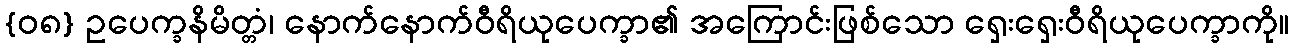
{၀၈} ဥပေက္ခနိမိတ္တံ၊ နောက်နောက်ဝီရိယုပေက္ခာ၏ အကြောင်းဖြစ်သော ရှေးရှေးဝီရိယုပေက္ခာကို။